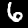
Label: 6